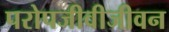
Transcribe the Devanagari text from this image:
परोपजीवीजीवन